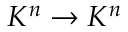
K ^ { n } \to K ^ { n }